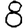
Digit: 8